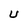
Character: u